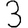
Digit: 3